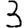
Digit: 3